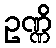
ဥဏ္ဏိ